Indian journal of veterinary science and animal husbandry - Volume 4,
Year: 1934
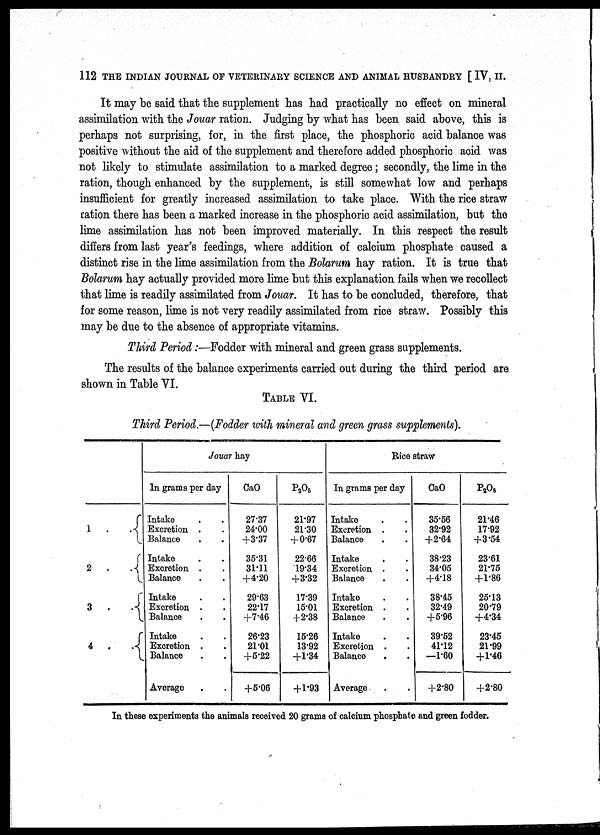
112 THE INDIAN JOURNAL OF VETERINARY SCIENCE AND ANIMAL HUSBANDRY [ IV, II.
It may be said that the supplement has had practically no effect on mineral
assimilation with the Jouar ration. Judging by what has been said above, this is
perhaps not surprising, for, in the first place, the phosphoric acid balance was
positive without the aid of the supplement and therefore added phosphoric acid was
not likely to stimulate assimilation to a marked degree; secondly, the lime in the
ration, though enhanced by the supplement, is still somewhat low and perhaps
insufficient for greatly increased assimilation to take place. With the rice straw
ration there has been a marked increase in the phosphoric acid assimilation, but the
lime assimilation has not been improved materially. In this respect the result
differs from last year's feedings, where addition of calcium phosphate caused a
distinct rise in the lime assimilation from the Bolarum hay ration. It is true that
Bolarum hay actually provided more lime but this explanation fails when we recollect
that lime is readily assimilated from Jouar. It has to be concluded, therefore, that
for some reason, lime is not very readily assimilated from rice straw. Possibly this
may be due to the absence of appropriate vitamins.
Third Period:—Fodder with mineral and green grass supplements.
The results of the balance experiments carried out during the third period are
shown in Table VI.
TABLE VI.
Third Period,—(Fodder with mineral and green grass supplements).
1
.
.{
2
.
.{
3
.
.{
4 . .{
Jouar hay
In grams per day
Intake . .
Excretion . .
Balance. .
Intake . .
Excretion . .
Balance . .
Intake . .
Excretion . .
Balance . .
Intake . .
Excretion . .
Balance . .
Average . .
CaO
27.37
24.00
+3.37
35.31
31.11
+4.20
29.63
22.17
+7.46
26.23
21.01
+5.22
+5.06
P 2 O 5
21.97
21.30
+ 0.67
22.66
19.34
+3.32
17.39
15.01
+2.38
15.26
13.92
+1.34
+1.93
Rice straw
In grams per day
Intake . .
Excretion . .
Balance . .
Intake
Excretion . .
Balance . .
Intake . .
Excretion . .
Balance . .
Intake . .
Excretion . .
Balance . .
Average . .
CaO
35.56
32.92
+2.64
38.23
34.05
+4.18
38.45
32.49
+5.96
39.52
41.12
—1.60
+2.80
P 2 O 5
21.46
17.92
+3.54
23.61
21.75
+1.86
25.13
20.79
+4.34
23.45
21.99
+1.46
+2.80
In these experiments the animals received 20 grams of calcium phosphate and green fodder.